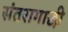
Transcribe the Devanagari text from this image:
संतरागाछी